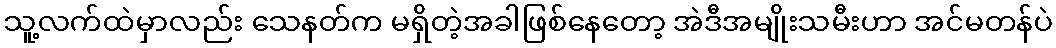
သူ့လက်ထဲမှာလည်း သေနတ်က မရှိတဲ့အခါဖြစ်နေတော့ အဲဒီအမျိုးသမီးဟာ အင်မတန်ပဲ